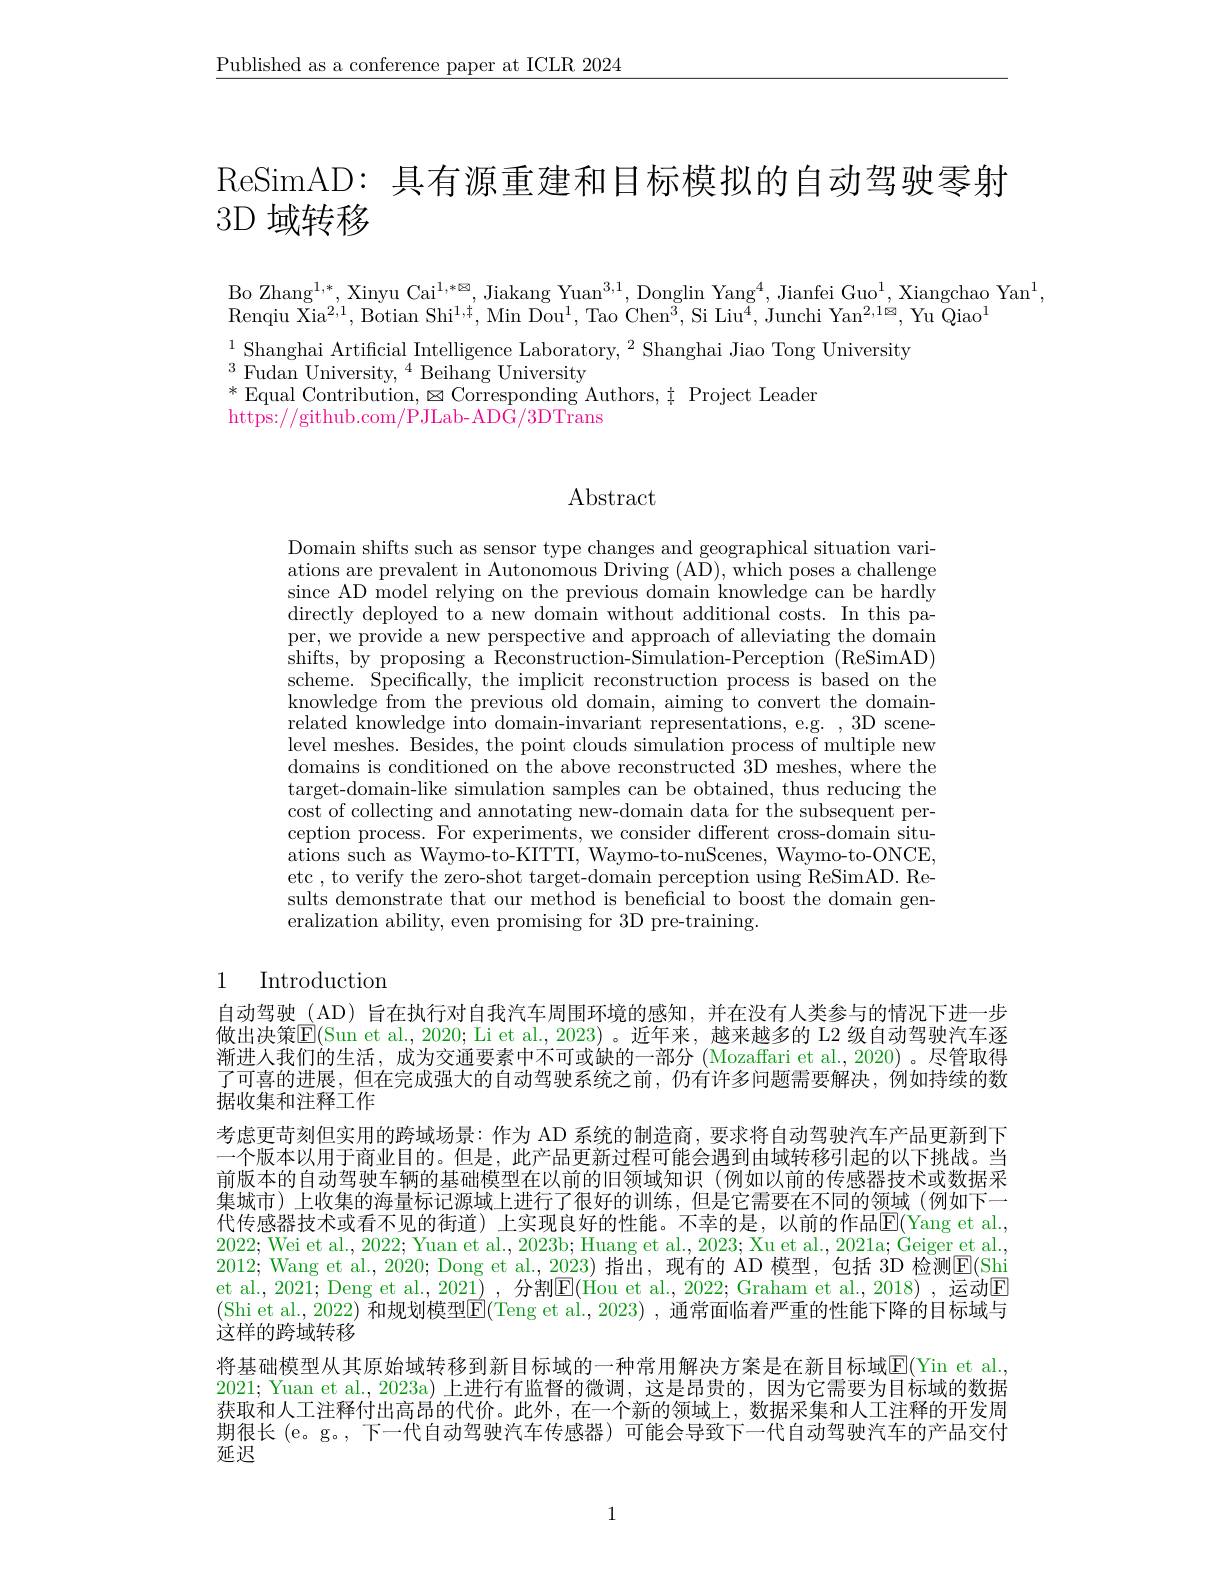
$\underline{\text{Published as a conference paper at ICLR 2024}}$

ReSimAD: 具有源重建和目标模拟的自动驾驶零射
3D 域转移

Bo Zhang$^1,*$,Xinyu Cai$^1,*\boxtimes$,Jiakang Yuan$^{3,1}$,Donglin Yang$^4$,Jianfei Guo$^1$,Xiangchao Yan$^1$,
$\mathrm{Renqiu~Xia}^{2,1}$,Botian Shi$^1,\ddagger$,Min Dou$^1$,Tao Chen$^3$,Si Liu$^4$,Junchi Yan$^2,1\boxtimes$,Yu Qiao$^1$

$^{1}$Shanghai Artificial Intelligence Laboratory,$^2$Shanghai Jiao Tong University
$\begin{array}{c}{{3}}\\{{\mathrm{Fudan~University,~}^{4}\text{Beihang University}}}\\{{\mathrm{*~F~G~}}}\end{array}$
$^*$Equal Contribution, $\boxtimes$Corresponding Authors, $\dagger$ Project Leader
https://github.com/PJLab-ADG/3DTrans

## Abstract

Domain shifts such as sensor type changes and geographical situation variations are prevalent in Autonomous Driving (AD), which poses a challenge since AD model relying on the previous domain knowledge can be hardly directly deployed to a new domain without additional costs. In this paper, we provide a new perspective and approach of alleviating the domain ishifts, by proposing a Reconstruction- Simulation- Perception ( ReSimAD) scheme. Specifically, the implicit reconstruction process is based on the knowledge from the previous old domain, aiming to convert the domainrelated knowledge into domain-invariant representations, e.g. , 3D scenelevel meshes. Besides, the point clouds simulation process of multiple new domains is conditioned on the above reconstructed 3D meshes, where the target-domain-like simulation samples can be obtained, thus reducing the cost of collecting and annotating new-domain data for the subsequent perception process. For experiments, we consider different cross-domain situations such as Waymo-to-KITTI, Waymo-to-nuScenes, Waymo-to-ONCE, etc , to verify the zero-shot target-domain perception using ReSimAD. Results demonstrate that our method is beneficial to boost the domain generalization ability, even promising for 3D pre-training.

## 1 Introduction

自动驾驶 (AD) 旨在执行对自我汽车周围环境的感知，并在没有人类参与的情况下进一步做出决策$\overline{\mathrm{E}}($Sun et al.,2020; Li et al.,2023)。近年来，越来越多的 L2 级自动驾驶汽车逐渐进人我们的生活，成为交通要素中不可或缺的一部分 (Mozaffari et al.,2020)。尽管取得了可喜的进展，但在完成强大的自动驾驶系统之前，仍有许多问题需要解决，例如持续的数据收集和注释工作
考虑更苛刻但实用的跨域场景：作为 AD 系统的制造商，要求将自动驾驶汽车产品更新到下一个版本以用于商业目的。但是，此产品更新过程可能会遇到由域转移引起的以下挑战。当前版本的自动驾驶车辆的基础模型在以前的旧领域知识(例如以前的传感器技术或数据采集城市)上收集的海量标记源域上进行了很好的训练，但是它需要在不同的领域(例如下一代传感器技术或看不见的街道)上实现良好的性能。不幸的是，以前的作品$\overline{\mathrm{E}}($Yang et al., 2022; Wei et al., 2022; Yuan et al., 2023b; Huang et al., 2023; Xu et al., 2021a; Geiger et al., 2012; Wang et al., 2020; Dong et al., 2023) 指出，现有的 AD 模型，包括 3D 检测$\mathsf{E}($Shi et al., 2021; Deng et al., 2021) , 分割E(Hou et al., 2022; Graham et al., 2018) ,运动E (Shi et al., 2022) 和规划模型$\mathbb{E}($Teng et al., 2023) , 通常面临着严重的性能下降的目标域与这样的跨域转移
将基础模型从其原始域转移到新目标域的一种常用解决方案是在新目标域$\underline{\mathrm{E}}($Yin et al, 2021; Yuan et al., 2023a) 上进行有监督的微调，这是昂贵的，因为它需要为目标域的数据获取和人工注释付出高昂的代价。此外，在一个新的领域上，数据采集和人工注释的开发周期很长 (e。g。, 下一代自动驾驶汽车传感器) 可能会导致下一代自动驾驶汽车的产品交付延迟

1